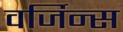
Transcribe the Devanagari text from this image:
वर्जिन्स